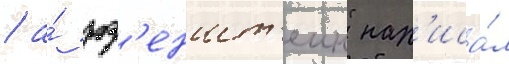
/ а́ роз'еншт'еин нап'иса́л